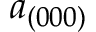
a _ { ( 0 0 0 ) }